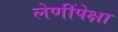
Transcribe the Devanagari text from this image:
लेणींपेक्षा